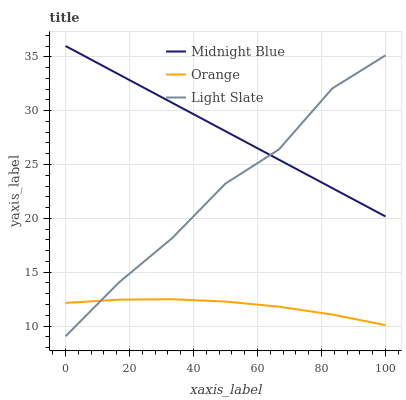
| xaxis_label | Midnight Blue | Orange | Light Slate |
 | --- | --- | --- | --- |
 | 0 | 36 | 12.2 | 9.05 |
 | 16.7 | 33.4 | 12.4 | 14 |
 | 33.3 | 30.7 | 12.5 | 18.2 |
 | 50 | 28.1 | 12.3 | 23.2 |
 | 66.7 | 25.4 | 11.8 | 26.4 |
 | 83.3 | 22.8 | 11.1 | 32.1 |
 | 100 | 20.2 | 10.1 | 35.1 |